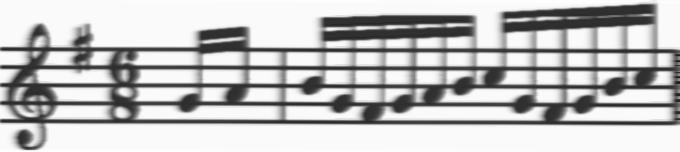
Transcription: clef-G2 keySignature-GM timeSignature-6/8 note-G4_sixteenth note-A4_sixteenth barline note-B4_sixteenth note-G4_sixteenth note-F#4_sixteenth note-G4_sixteenth note-A4_sixteenth note-B4_sixteenth note-C5_sixteenth note-G4_sixteenth note-F#4_sixteenth note-G4_sixteenth note-B4_sixteenth note-C5_sixteenth barline